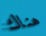
هناك